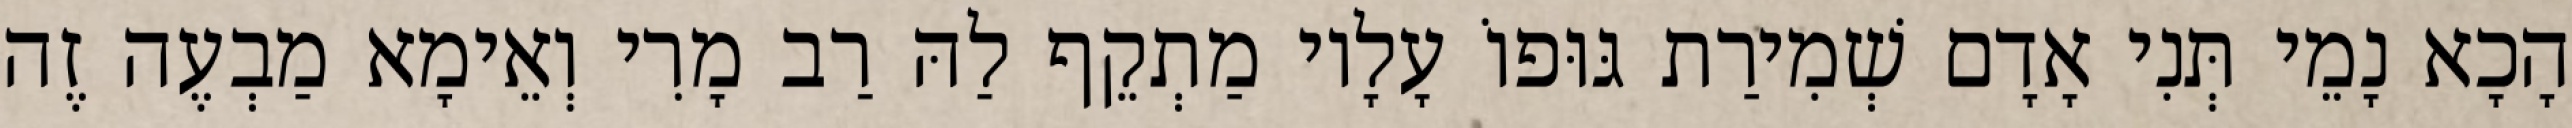
הָכָא נָמֵי תְּנִי אָדָם שְׁמִירַת גּוּפוֹ עָלָיו מַתְקֵף לַהּ רַב מָרִי וְאֵימָא מַבְעֶה זֶה